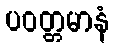
ပဝတ္တမာနံ